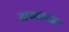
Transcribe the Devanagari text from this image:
सव्वादहा